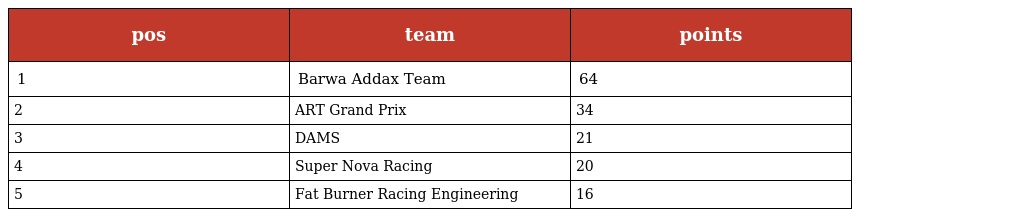
| pos | team | points |
 | --- | --- | --- |
 | 1 | Barwa Addax Team | 64 |
 | 2 | ART Grand Prix | 34 |
 | 3 | DAMS | 21 |
 | 4 | Super Nova Racing | 20 |
 | 5 | Fat Burner Racing Engineering | 16 |